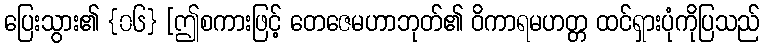
ပြေးသွား၏ {၀၆} [ဤစကားဖြင့် တေဇေမဟာဘုတ်၏ ဝိကာရမဟတ္တ ထင်ရှားပုံကိုပြသည်